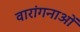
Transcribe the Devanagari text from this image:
वारांगनाओं